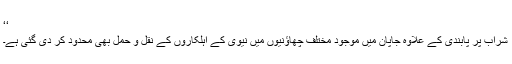
‘‘
شراب پر پابندی کے علاوہ جاپان میں موجود مختلف چھاؤنیوں میں نیوی کے اہلکاروں کے نقل و حمل بھی محدود کر دی گئی ہے۔